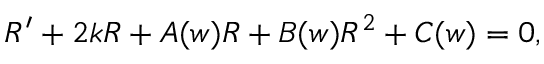
\begin{array} { r } { R ^ { \prime } + 2 k R + A ( w ) R + B ( w ) R ^ { 2 } + C ( w ) = 0 , } \end{array}